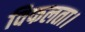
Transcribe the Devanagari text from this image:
विफलता।